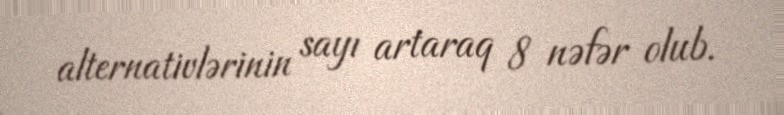
alternativlərinin sayı artaraq 8 nəfər olub.